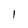
Character: 1